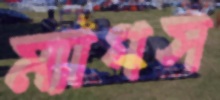
ম্যাগস